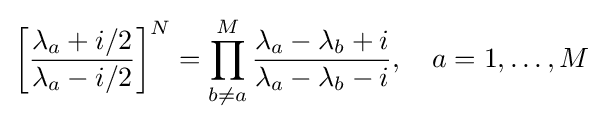
\left[{\frac {\lambda _{a}+i/2}{\lambda _{a}-i/2}}\right]^{N}=\prod _{b\neq a}^{M}{\frac {\lambda _{a}-\lambda _{b}+i}{\lambda _{a}-\lambda _{b}-i}},\quad a=1,\dots ,M